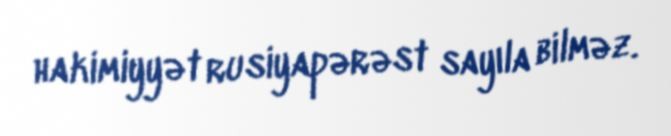
hakimiyyət rusiyapərəst sayıla bilməz.